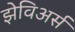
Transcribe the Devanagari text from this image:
झेविअर्स